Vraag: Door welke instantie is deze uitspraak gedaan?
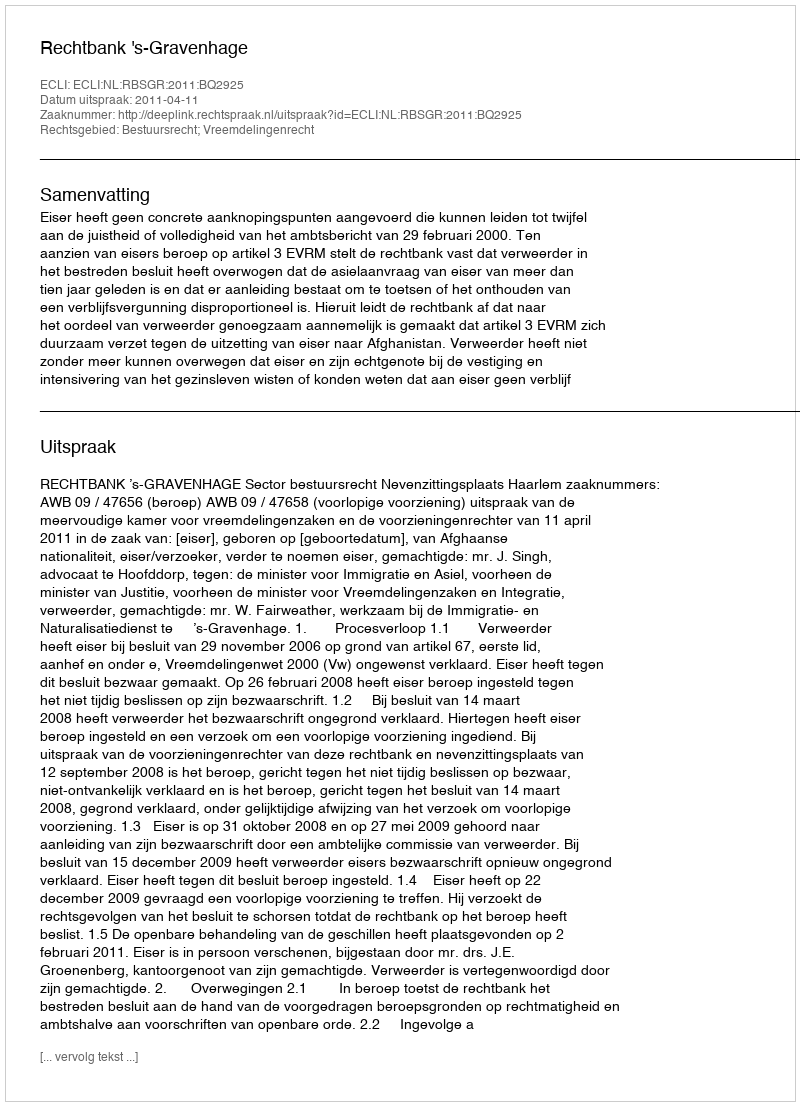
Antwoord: Rechtbank 's-Gravenhage